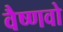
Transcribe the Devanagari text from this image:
वैष्‍णवो